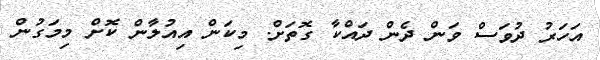
އަހަރު ދުވަސް ވަން ދެން ދައްކާ ގޮތަށް. މިކަން އިއުލާން ކޮށް މިމަގުން